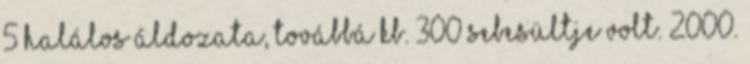
5 halálos áldozata, továbbá kb. 300 sebesültje volt. 2000.